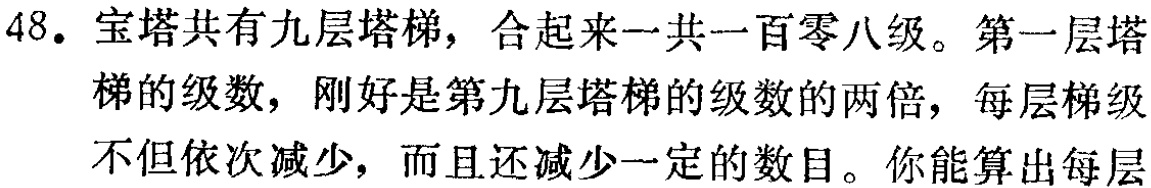
48. 宝塔共有九层塔梯，合起来一共一百零八级。第一层塔梯的级数，刚好是第九层塔梯的级数的两倍，每层梯级不但依次减少，而且还减少一定的数目。你能算出每层